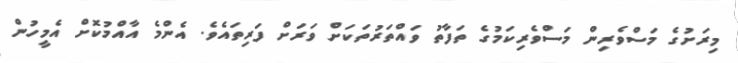
މިރަށުގެ މަސްވެރިން މަސްވެރިކަމުގެ ތަފާތު ވައްތަރުތަކަށް ވަރަށް ފަރިތައެވެ. އެންމެ އާއްމުކޮށް އެމީހުން